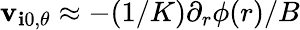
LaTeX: \mathbf{v}_{\mathbf{i}0,\theta}\approx-(1/K)\partial_{r}\phi(r)/B